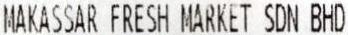
MAKASSAR FRESH MARKET SDN BHD